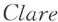
Clare